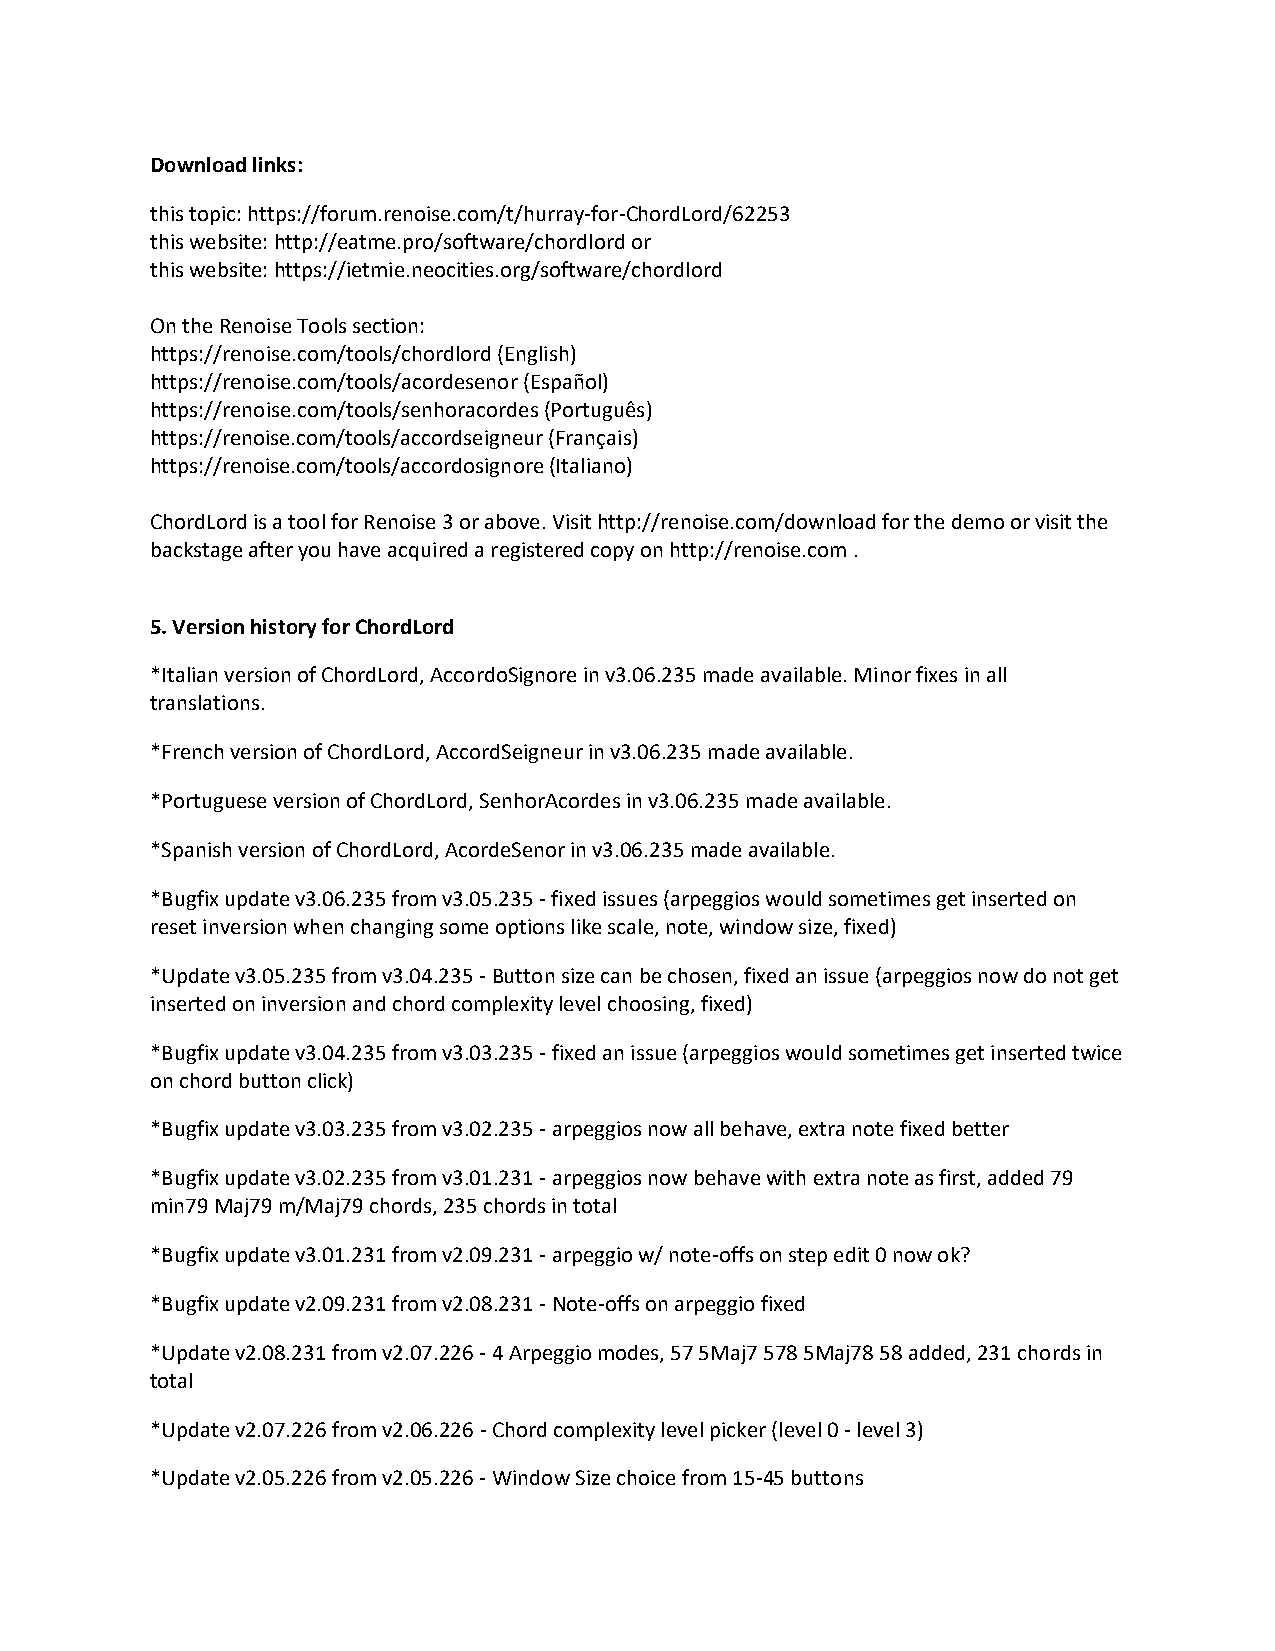
Download links:
 this topic: https://forum.renoise.com/t/hurray-for-ChordLord/62253
 this website: http://eatme.pro/software/chordlord or
 this website: https://ietmie.neocities.org/software/chordlord
 On the Renoise Tools section:
 https://renoise.com/tools/chordlord (English)
 https://renoise.com/tools/acordesenor (Español)
 https://renoise.com/tools/senhoracordes (Português)
 https://renoise.com/tools/accordseigneur (Français)
 https://renoise.com/tools/accordosignore (Italiano)
 ChordLord is a tool for Renoise 3 or above. Visit http://renoise.com/download for the demo or visit the
 backstage after you have acquired a registered copy on http://renoise.com .
 5. Version history for ChordLord
 *Italian version of ChordLord, AccordoSignore in v3.06.235 made available. Minor fixes in all
 translations.
 *French version of ChordLord, AccordSeigneur in v3.06.235 made available.
 *Portuguese version of ChordLord, SenhorAcordes in v3.06.235 made available.
 *Spanish version of ChordLord, AcordeSenor in v3.06.235 made available.
 *Bugfix update v3.06.235 from v3.05.235 - fixed issues (arpeggios would sometimes get inserted on
 reset inversion when changing some options like scale, note, window size, fixed)
 *Update v3.05.235 from v3.04.235 - Button size can be chosen, fixed an issue (arpeggios now do not get
 inserted on inversion and chord complexity level choosing, fixed)
 *Bugfix update v3.04.235 from v3.03.235 - fixed an issue (arpeggios would sometimes get inserted twice
 on chord button click)
 *Bugfix update v3.03.235 from v3.02.235 - arpeggios now all behave, extra note fixed better
 *Bugfix update v3.02.235 from v3.01.231 - arpeggios now behave with extra note as first, added 79
 min79 Maj79 m/Maj79 chords, 235 chords in total
 *Bugfix update v3.01.231 from v2.09.231 - arpeggio w/ note-offs on step edit 0 now ok?
 *Bugfix update v2.09.231 from v2.08.231 - Note-offs on arpeggio fixed
 *Update v2.08.231 from v2.07.226 - 4 Arpeggio modes, 57 5Maj7 578 5Maj78 58 added, 231 chords in
 total
 *Update v2.07.226 from v2.06.226 - Chord complexity level picker (level 0 - level 3)
 *Update v2.05.226 from v2.05.226 - Window Size choice from 15-45 buttons